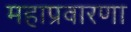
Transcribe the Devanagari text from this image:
महाप्रवारणा